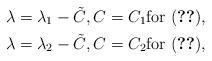
LaTeX: \begin{gather*} \lambda = \lambda_1 - \tilde{C}, C = C_1 \text{for \eqref{eq:nofatigue}}, \\ \lambda = \lambda_2 - \tilde{C}, C = C_2 \text{for \eqref{eq:fatnonlin}}, \end{gather*}